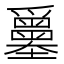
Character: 𡔅